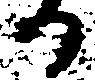
り